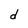
Character: d